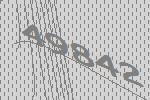
49842